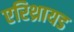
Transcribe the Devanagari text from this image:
एरिथ्रायड